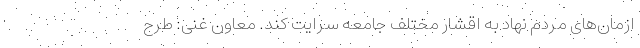
ازمان‌های مردم نهاد به اقشار مختلف جامعه سرایت کند. معاون غنی: طرح